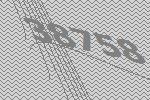
38758